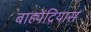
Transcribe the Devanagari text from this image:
बाह्येंद्रियास